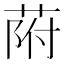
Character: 𦱖